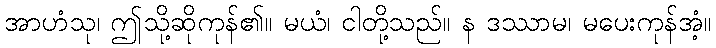
အာဟံသု၊ ဤသို့ဆိုကုန်၏။ မယံ၊ ငါတို့သည်။ န ဒဿာမ၊ မပေးကုန်အံ့။